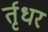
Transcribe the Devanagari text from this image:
र्तृधर